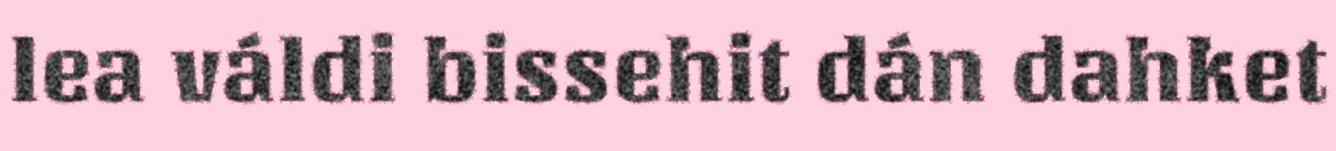
lea váldi bissehit dán dahket